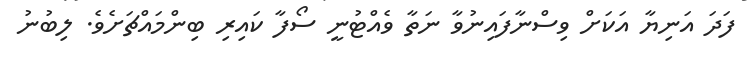
ފަދަ އަނިޔާ އަކަށް ވިސްނާފައިނުވާ ނަތާ ވެއްޓުނީ ސޯފާ ކައިރި ބިންމައްޗަށެވެ. ލިބުނު